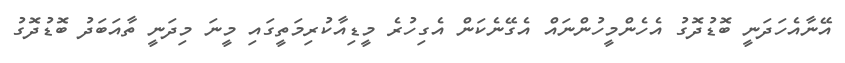
އޭނާއެހަދަނީ ބޮޑުދޮގު އެހެންމީހުންނައް އެގޭނެކަން އެގިހުރެ މީޑިއާކުރިމަތީގައި މީނަ މިދަނީ ތާއަބަދު ބޮޑުދޮގު